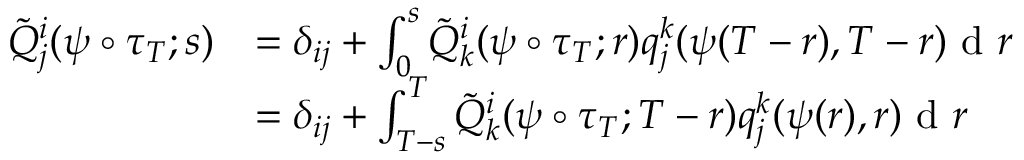
\begin{array} { r l } { \tilde { Q } _ { j } ^ { i } ( \psi \circ \tau _ { T } ; s ) } & { = \delta _ { i j } + \int _ { 0 } ^ { s } \tilde { Q } _ { k } ^ { i } ( \psi \circ \tau _ { T } ; r ) q _ { j } ^ { k } ( \psi ( T - r ) , T - r ) \textrm { d } r } \\ & { = \delta _ { i j } + \int _ { T - s } ^ { T } \tilde { Q } _ { k } ^ { i } ( \psi \circ \tau _ { T } ; T - r ) q _ { j } ^ { k } ( \psi ( r ) , r ) \textrm { d } r } \end{array}